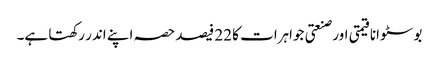
بوسٹوانا قیمتی اور صنعتی جواہرات کا 22 فیصد حصہ اپنے اندر رکھتا ہے۔